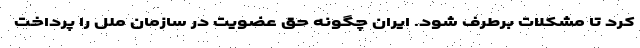
کرد تا مشکلات برطرف شود. ایران چگونه حق عضویت در سازمان ملل را پرداخت